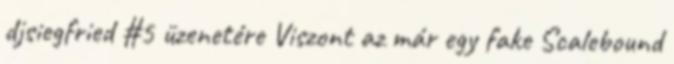
djsiegfried #5 üzenetére Viszont az már egy fake Scalebound